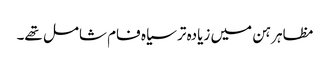
مظاہرہن میں زیادہ تر سیاہ فام شامل تھے۔